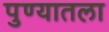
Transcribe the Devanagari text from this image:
पुण्यातला